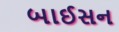
બાઈસન